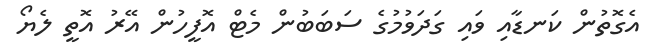
އެގޮތުން ކަނޑާއި ވައި ގަދަވުމުގެ ސަބަބުން މެޓް އޮފީހުން އޭރު އޮތީ ލެޔޯ